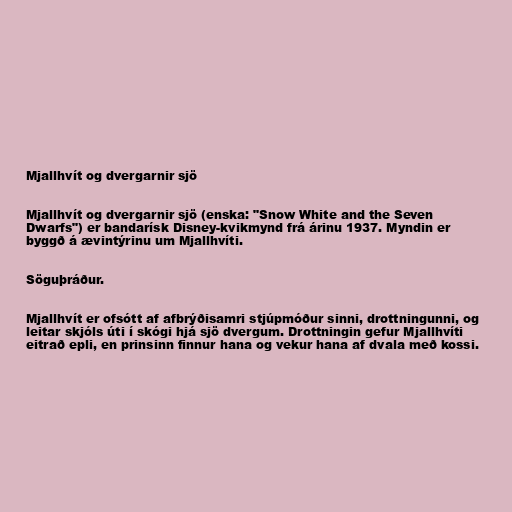
Mjallhvít og dvergarnir sjö

Mjallhvít og dvergarnir sjö (enska: "Snow White and the Seven
Dwarfs") er bandarísk Disney-kvikmynd frá árinu 1937. Myndin er
byggð á ævintýrinu um Mjallhvíti.

Söguþráður.

Mjallhvít er ofsótt af afbrýðisamri stjúpmóður sinni, drottningunni, og
leitar skjóls úti í skógi hjá sjö dvergum. Drottningin gefur Mjallhvíti
eitrað epli, en prinsinn finnur hana og vekur hana af dvala með kossi.